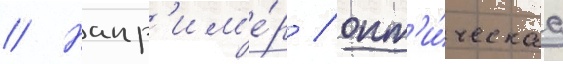
// Напр'им'е́р / опт'и́ческаа